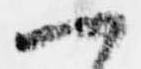
一